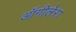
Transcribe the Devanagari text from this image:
ऑगीलेरा